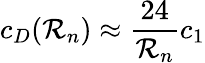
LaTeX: c_{D}({\cal R}_{n})\approx\frac{24}{{\cal R}_{n}}c_{1}